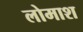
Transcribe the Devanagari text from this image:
लोमाश